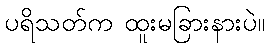
ပရိသတ်က ထူးမခြားနားပဲ။